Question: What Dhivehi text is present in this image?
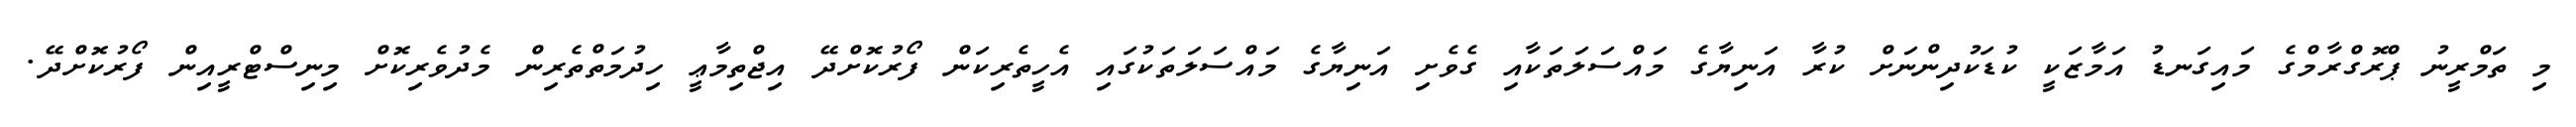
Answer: މި ތަމްރީނު ޕްރޮގްރާމްގެ މައިގަނޑު އަމާޒަކީ ކުޑަކުދިންނަށް ކުރާ އަނިޔާގެ މައްސަލަތަކާއި ގެވެށި އަނިޔާގެ މައްސަލަތަކުގައި އެހީތެރިކަން ފޯރުކޮށްދޭ އިޖްތިމާޢީ ހިދުމަތްތެރިން މެދުވެރިކޮށް މިނިސްޓްރީއިން ފޯރުކޮށްދޭ.